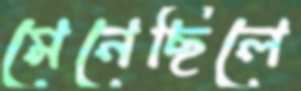
মেনেছিলে